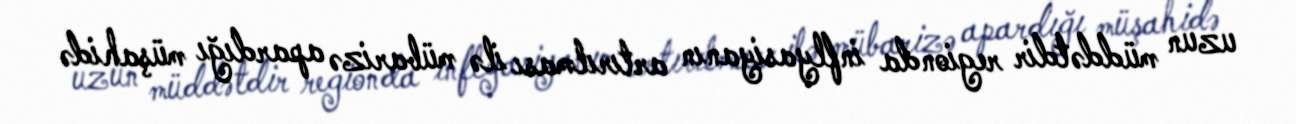
uzun müddətdir regionda inflyasiyanın artırılması ilə mübarizə apardığı müşahidə